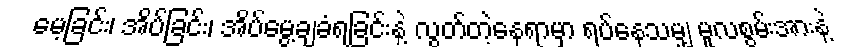
မေ့ခြင်း၊ အိပ်ခြင်း၊ အိပ်မွေ့ချခံရခြင်းနဲ့ လွတ်တဲ့နေရာမှာ ရပ်နေသမျှ မူလစွမ်းအားနဲ့